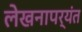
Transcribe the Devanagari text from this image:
लेखनापर्यंत